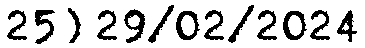
25) 29/02/2024